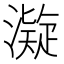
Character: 𱩆